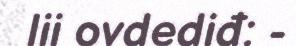
lii ovdediđ: -